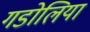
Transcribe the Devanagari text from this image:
गडोलिया